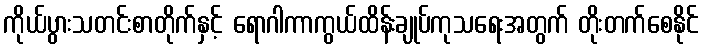
ကိုယ်ပွားသတင်းစာတိုက်နှင့် ရောဂါကာကွယ်ထိန်းချုပ်ကုသရေးအတွက် တိုးတက်စေနိုင်